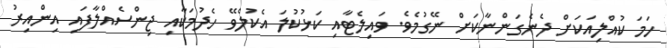
ހަމަ ކުއްލިއަކަށް ދެނެގަންނާކަށް ނޭގުމެވެ. ވައިލެޓާއި ކަޅުކުލަ އެކުލެވޭ ހެދުމަކާއި ޖިންސެއްލާފައި އިންއިރު